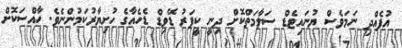
އުފެއްދި ނަމަވެސް ޔުނައިޓެޑް ސަލާމަތްކޮށް ދިނީ ކީޕަރު ޑޭވިޑް ޑެހެއާގެ ހުށިޔާރުކަމުންނެވެ. ހާއްސަކޮށް